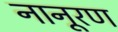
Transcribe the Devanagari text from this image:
नानूरण